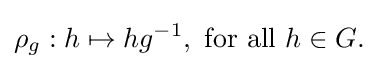
\rho _{g}:h\mapsto hg^{-1},{\text{ for all }}h\in G.\